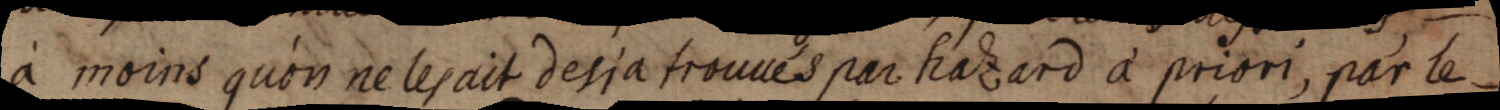
à moins qu’on ne les ait desja trouvés par hazard a priori, par le